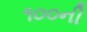
૧૦૦ની